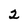
Character: 2